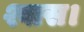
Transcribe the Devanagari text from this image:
श्वास।